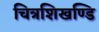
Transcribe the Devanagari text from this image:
चित्रशिखण्डि